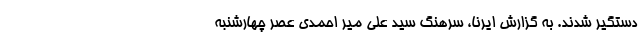
دستگیر شدند. به گزارش ایرنا، سرهنگ سید علی میر احمدی عصر چهارشنبه